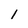
Character: 1